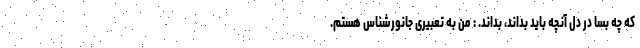
که چه بسا در دل آنچه باید بداند، بداند. : من به تعبیری جانورشناس هستم.